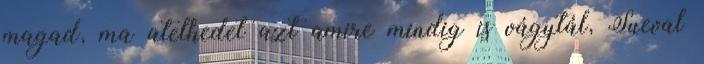
magad, ma atelhedet azt amire mindig is vágytál, Sueval